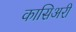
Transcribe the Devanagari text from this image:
कासिअरी